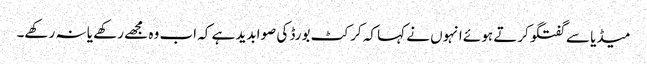
میڈیا سے گفتگو کرتے ہوئے انہوں نے کہا کہ کرکٹ بورڈ کی صوابدید ہے کہ اب وہ مجھے رکھے یا نہ رکھے۔